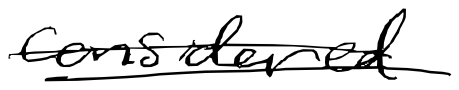
Text: considered
Cross-out: double-line
Writing tool: digital_black